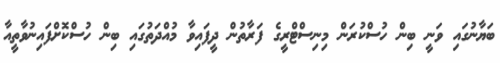
ބަޔާނުގައި ވަނީ ބިން ހުސްކުރަން މިނިސްޓްރީގެ ފަރާތުން ދީފައިވާ މުއްދަތުގައި ބިން ހުސްކޮށްފައިނުވާތީއާ